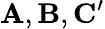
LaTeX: \mathbf{A},\mathbf{B},\mathbf{C^{\prime}}